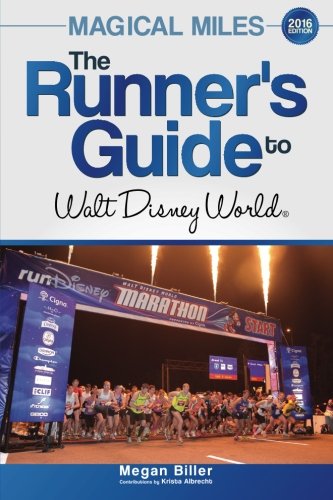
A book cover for Magical Miles: The Runner's Guide to Walt Disney World 2016; Megan Biller; Sports & Outdoors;